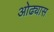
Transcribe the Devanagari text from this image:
ओढ्यास